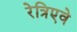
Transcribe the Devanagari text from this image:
रेत्रिएवे